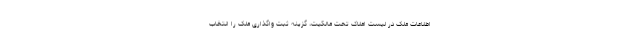
اطلاعات ملک در لیست املاک تحت مالکیت، گزینه ثبت واگذاری ملک را انتخاب